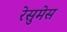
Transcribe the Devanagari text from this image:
रेसुमेस